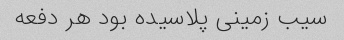
سیب زمینی پلاسیده بود هر دفعه